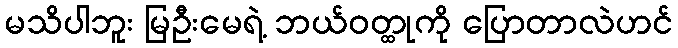
မသိပါဘူး မြဦးမေရဲ့ ဘယ်ဝတ္ထုကို ပြောတာလဲဟင်